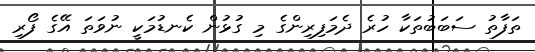
ތަފާތު ސަބަބުތަކާ ހުރެ ދެމަފިރިންގެ މި ގުޅުން ކެނޑުމަކީ ނުވަތަ އޭގެ ފޯރި